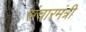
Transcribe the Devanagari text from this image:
संचारमंत्री